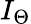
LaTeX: I_{\Theta}